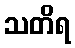
သတိရ